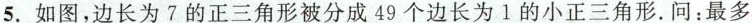
5.如图，边长为7的正三角形被分成49个边长为1的小正三角形。问：最多